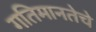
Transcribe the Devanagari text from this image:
गतिमानतेचे